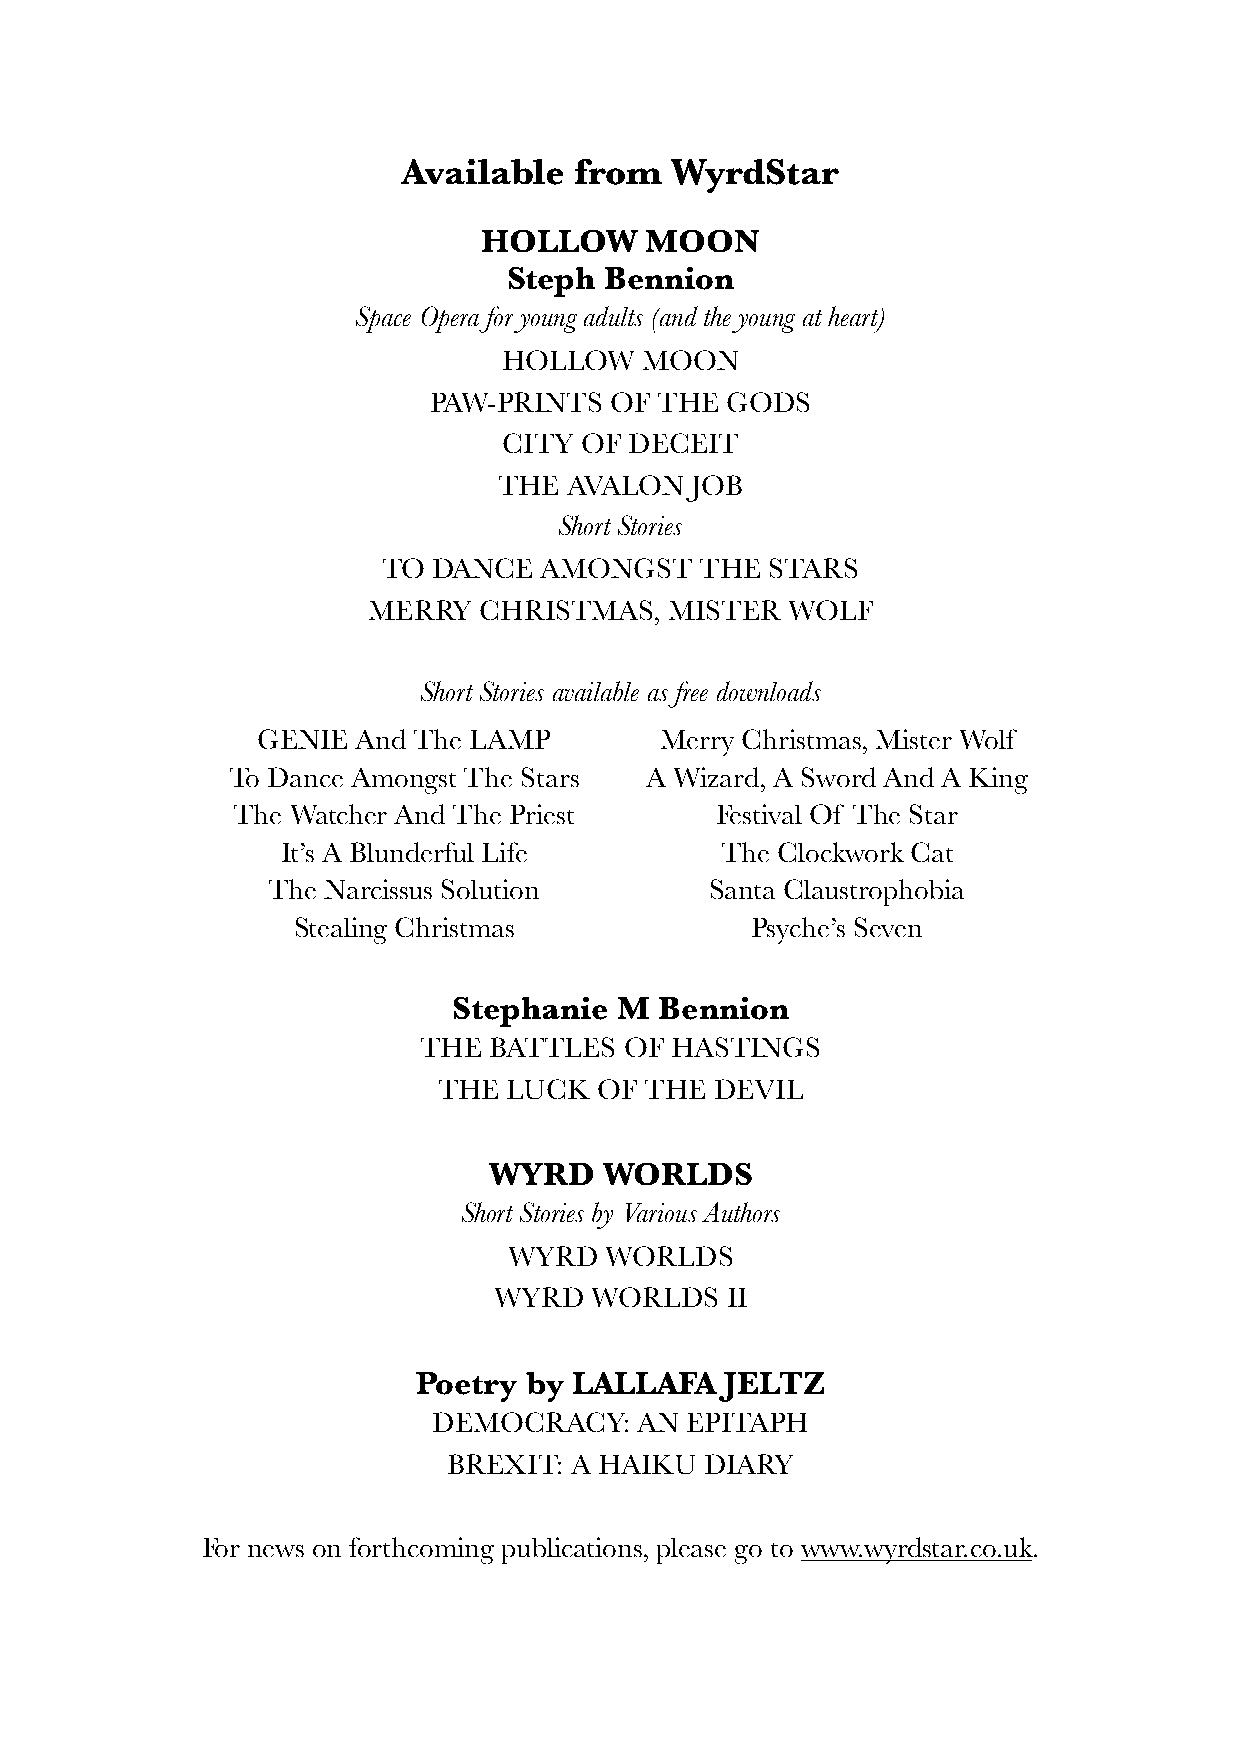
Available  from  WyrdStar
 HOLLOW     MOON
 Steph Bennion
 Space Opera for young adults (and the young at heart)
 HOLLOW   MOON
 PAW-PRINTS  OF THE  GODS
 CITY OF  DECEIT
 THE  AVALON  JOB
 Short Stories
 TO  DANCE  AMONGST   THE  STARS
 MERRY   CHRISTMAS,  MISTER  WOLF
 Short Stories available as free downloads
 GENIE  And The LAMP        Merry Christmas, Mister Wolf
 To Dance Amongst The Stars  A Wizard, A Sword And A King
 The Watcher And The Priest      Festival Of The Star
 It’s A Blunderful Life       The Clockwork Cat
 The Narcissus Solution       Santa Claustrophobia
 Stealing Christmas             Psyche’s Seven
 Stephanie  M  Bennion
 THE BATTLES  OF HASTINGS
 THE  LUCK OF  THE DEVIL
 WYRD    WORLDS
 Short Stories by Various Authors
 WYRD  WORLDS
 WYRD  WORLDS   II
 Poetry by LALLAFA   JELTZ
 DEMOCRACY:   AN EPITAPH
 BREXIT: A HAIKU  DIARY
 For news on forthcoming publications, please go to www.wyrdstar.co.uk.